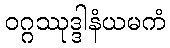
ဝဂ္ဂဿုဒ္ဒါနံယမကံ